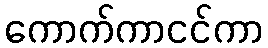
ကောက်ကာငင်ကာ